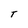
Character: T